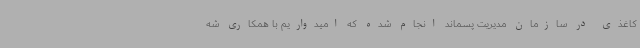
کاغذی در سازمان مدیریت پسماند انجام شده که امیدواریم با همکاری شه